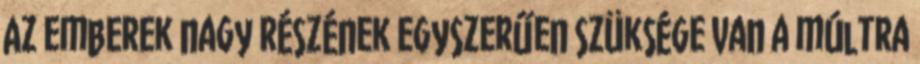
Az emberek nagy részének egyszerűen szüksége van a múltra